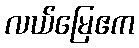
လယ်မြေဧက